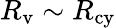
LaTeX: R_{\mathrm{v}}\sim R_{\mathrm{cy}}